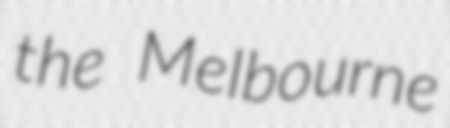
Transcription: the Melbourne